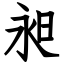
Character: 昶